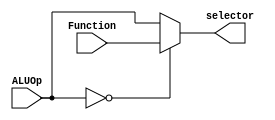
module ALUControl
(
	input wire [5:0]Function,
	input wire [5:0]ALUOp,
	output reg [5:0]selector
);

	always @(*)
		begin
			case (ALUOp)
				6'b000000: 
					begin
						selector <= Function;
					end
				default:
					begin
						selector <= ALUOp;
					end
			endcase
		end

endmodule